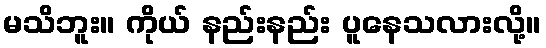
မသိဘူး။ ကိုယ် နည်းနည်း ပူနေသလားလို့။